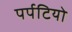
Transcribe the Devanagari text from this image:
पर्पटियो